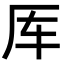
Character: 厍